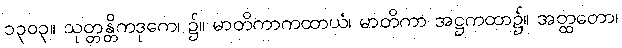
၁၃၀၃။ သုတ္တန္တိကဒုကေ၊ ၌။ မာတိကာကထာယံ၊ မာတိကာ အဋ္ဌကထာ၌။ အတ္ထတော၊